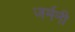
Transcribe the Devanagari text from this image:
जर्मनी